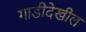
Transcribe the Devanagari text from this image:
गाडीदेखील